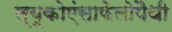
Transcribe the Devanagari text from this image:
ल्यूकोएंसाफेलोपैथी